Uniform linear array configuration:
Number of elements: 64
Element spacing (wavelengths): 0.25
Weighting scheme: blackman
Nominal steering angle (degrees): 0
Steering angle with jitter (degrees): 0.7949
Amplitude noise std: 0.05
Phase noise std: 0.05

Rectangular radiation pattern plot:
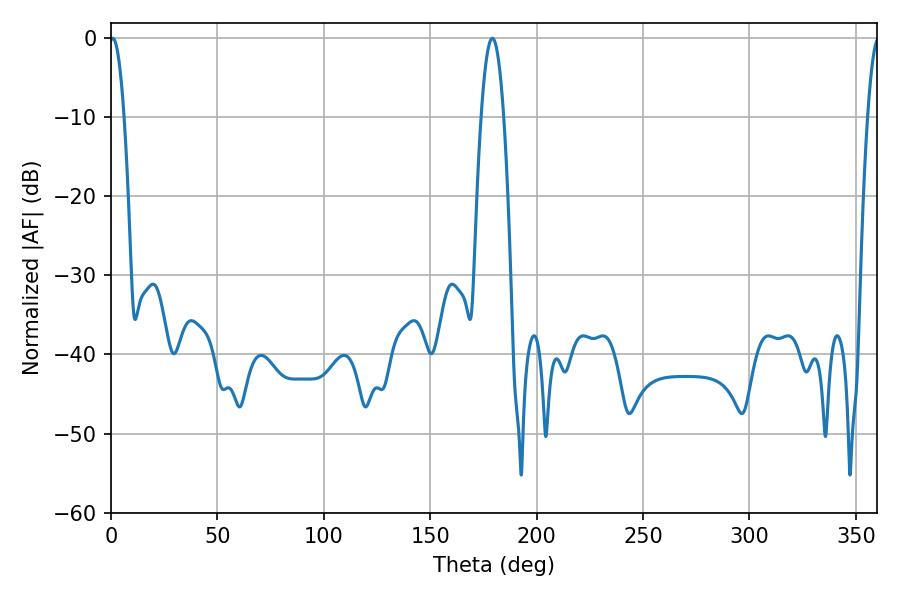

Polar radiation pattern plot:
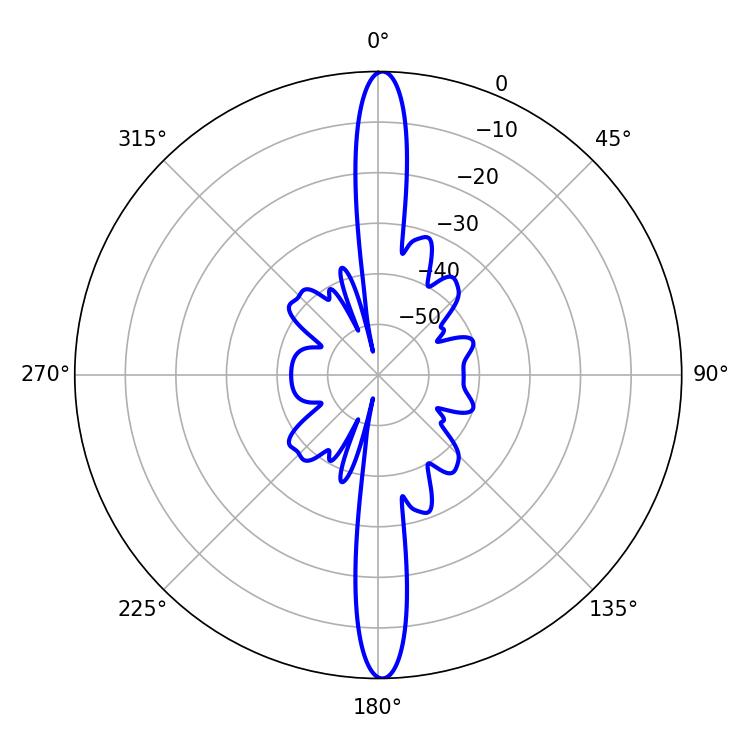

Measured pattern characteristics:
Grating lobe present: FALSE
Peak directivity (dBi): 27.96
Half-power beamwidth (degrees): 3.78
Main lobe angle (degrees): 0.72